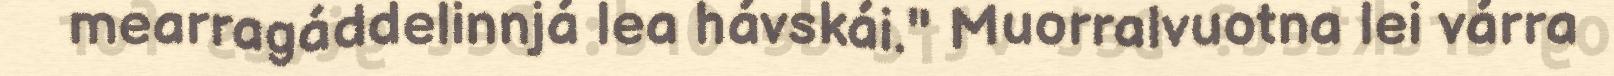
mearragáddelinnjá lea hávskái." Muorralvuotna lei várra